Annual administration report of the Civil Veterinary Department of India - 1897-1898
Year: 1897
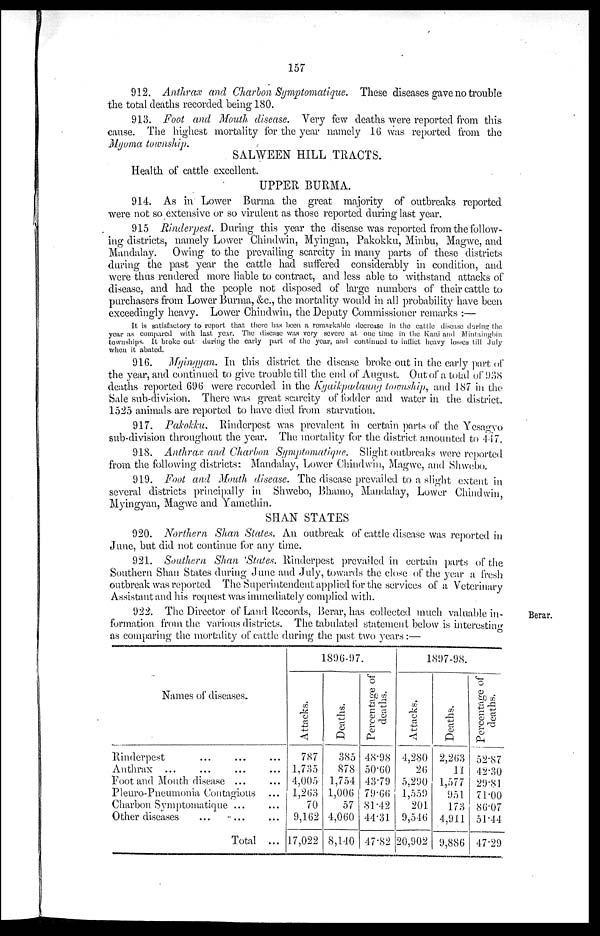
157
912. Anthrax and Charbon Symptomatique. These diseases gave no trouble
the total deaths recorded being 180.
913. Foot and Mouth disease. Very few deaths were reported from this
cause. The highest mortality for the year namely 16 was reported from the
Myoma township.
SALWEEN HILL TRACTS.
Health of cattle excellent.
UPPER BURMA.
914. As in Lower Burma the great majority of outbreaks reported
were not so extensive or so virulent as those reported during last year.
915 Rinderpest. During this year the disease was reported from the follow-
ing districts, namely Lower Chindwin, Myingan, Pakokku, Minbu, Magwe, and
Mandalay. Owing to the prevailing scarcity in many parts of these districts
during the past year the cattle had suffered considerably in condition, and
were thus rendered more liable to contract, and less able to withstand attacks of
disease, and had the people not disposed of large numbers of their cattle to
purchasers from Lower Burma, &c., the mortality would in all probability have been
exceedingly heavy. Lower Chindwin, the Deputy Commissioner remarks:—
It is satisfactory to report that there has been a remarkable decrease in the cattle disease during the
year as compared with last year. The disease was very severe at one time in the Kani and Mintaingbin
townships. It broke out during the early part of the year, and continued to inflict heavy losses till July
when it abated.
916. Myingyan. In this district the disease broke out in the early part of
the year, and continued to give trouble till the end of August. Out of a total of 938
deaths reported 696 were recorded in the Kyaikpadaung township, and 187 in the
Sale sub-division. There was great scarcity of fodder and water in the district.
1525 animals, are reported to have died from starvation.
917. Pakokku. Rinderpest was prevalent in certain parts of the Yesagyo
sub-division throughout the year. The mortality for the district amounted to 447.
918. Anthrax and Charbon Symptomatique. Slight outbreaks were reported
from the following districts: Mandalay, Lower Chindwin, Magwe, and Shwebo.
919. Foot and Mouth disease. The disease prevailed to a slight extent in
several districts principally in Shwebo, Bhamo, Mandalay, Lower Chindwin,
Myingyan, Magwe and Yamethin.
SHAN STATES
920. Northern Shan States. An outbreak of cattle disease was reported in
June, but did not continue for any time.
921. Southern Shan 'States. Rinderpest prevailed in certain parts of the
Southern Shan States during June and July, towards the close of the year a fresh
outbreak was reported The Superintendent applied for the services of a Veterinary
Assistant and his request was immediately complied with.
Berar.
922. The Director of Land Records, Berar, has collected much valuable in-
formation from the various districts. The tabulated statement below is interesting
as comparing the mortality of cattle during the past two years:—
Names of diseases.
Rinderpest ... ...
Anthrax ... ... ...
Foot and Mouth disease ...
Pleuro-Pneumonia Contagious
Charbon Symptomatique ...
Other diseases ... ...
Total
...
...
...
...
...
...
...
1896-97.
Attacks.
787
1,735
4,005
1,263
70
9,162
17,022
Deaths.
385
878
1,754
1,006
57
4,060
8,140
Percentage of
deaths.
48.98
50.60
43.79
79.66
81.42
44.31
47.82
1897-98.
Attacks.
4,280
26
5,290
1,559
201
9,546
20,902
Deaths,
2,263
11
1,577
951
173
4,911
9,886
Percentage of
deaths.
52.87
42.30
29.81
71.00
86.07
51.44
47.29